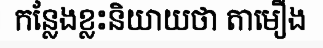
កន្លែងខ្លះនិយាយថា តាមឿង